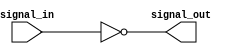
module open_drain_inverter (
    input wire signal_in,
    output wire signal_out
);

// Pull-down transistor (NMOS) for open-drain output
assign signal_out = ~signal_in;

endmodule